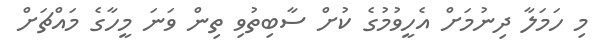
މި ހަމަލާ ދިނުމަށް އެހީވުުމުގެ ކުށް ސާބިތުވި ތިން ވަނަ މީހާގެ މައްޗަށް